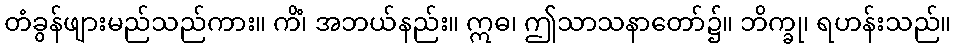
တံခွန်ဖျားမည်သည်ကား။ ကိံ၊ အဘယ်နည်း။ ဣဓ၊ ဤသာသနာတော်၌။ ဘိက္ခု၊ ရဟန်းသည်။